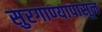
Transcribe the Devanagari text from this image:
सुरगाण्यापासून